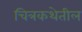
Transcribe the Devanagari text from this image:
चित्रकथेतील